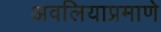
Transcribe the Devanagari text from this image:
अवलियाप्रमाणे